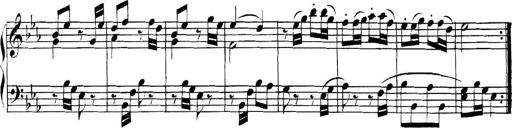
Title: Collected Piano Sonatas
Composer: Muzio Clementi